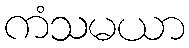
ကံသမယာ